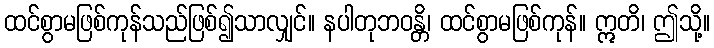
ထင်စွာမဖြစ်ကုန်သည်ဖြစ်၍သာလျှင်။ နပါတုဘဝန္တိ၊ ထင်စွာမဖြစ်ကုန်။ ဣတိ၊ ဤသို့။